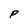
Character: P